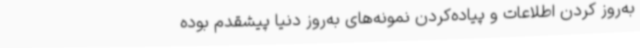
به‌روز کردن اطلاعات و پیاده‌کردن نمونه‌های به‌روز دنیا پیشقدم بوده